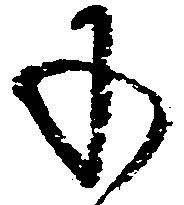
承